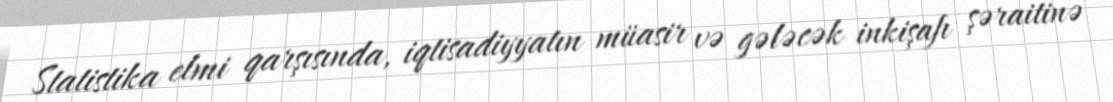
Statistika elmi qarşısında, iqtisadiyyatın müasir və gələcək inkişafı şəraitinə